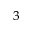
^ 3